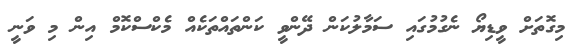
މިގޮތަށް ވީޑިޔޯ ނެގުމުގައި ސަމާލުކަން ދޭންވީ ކަންތައްތަކެއް މެކްސްކޮމް އިން މި ވަނީ